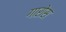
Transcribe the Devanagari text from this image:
गारोस